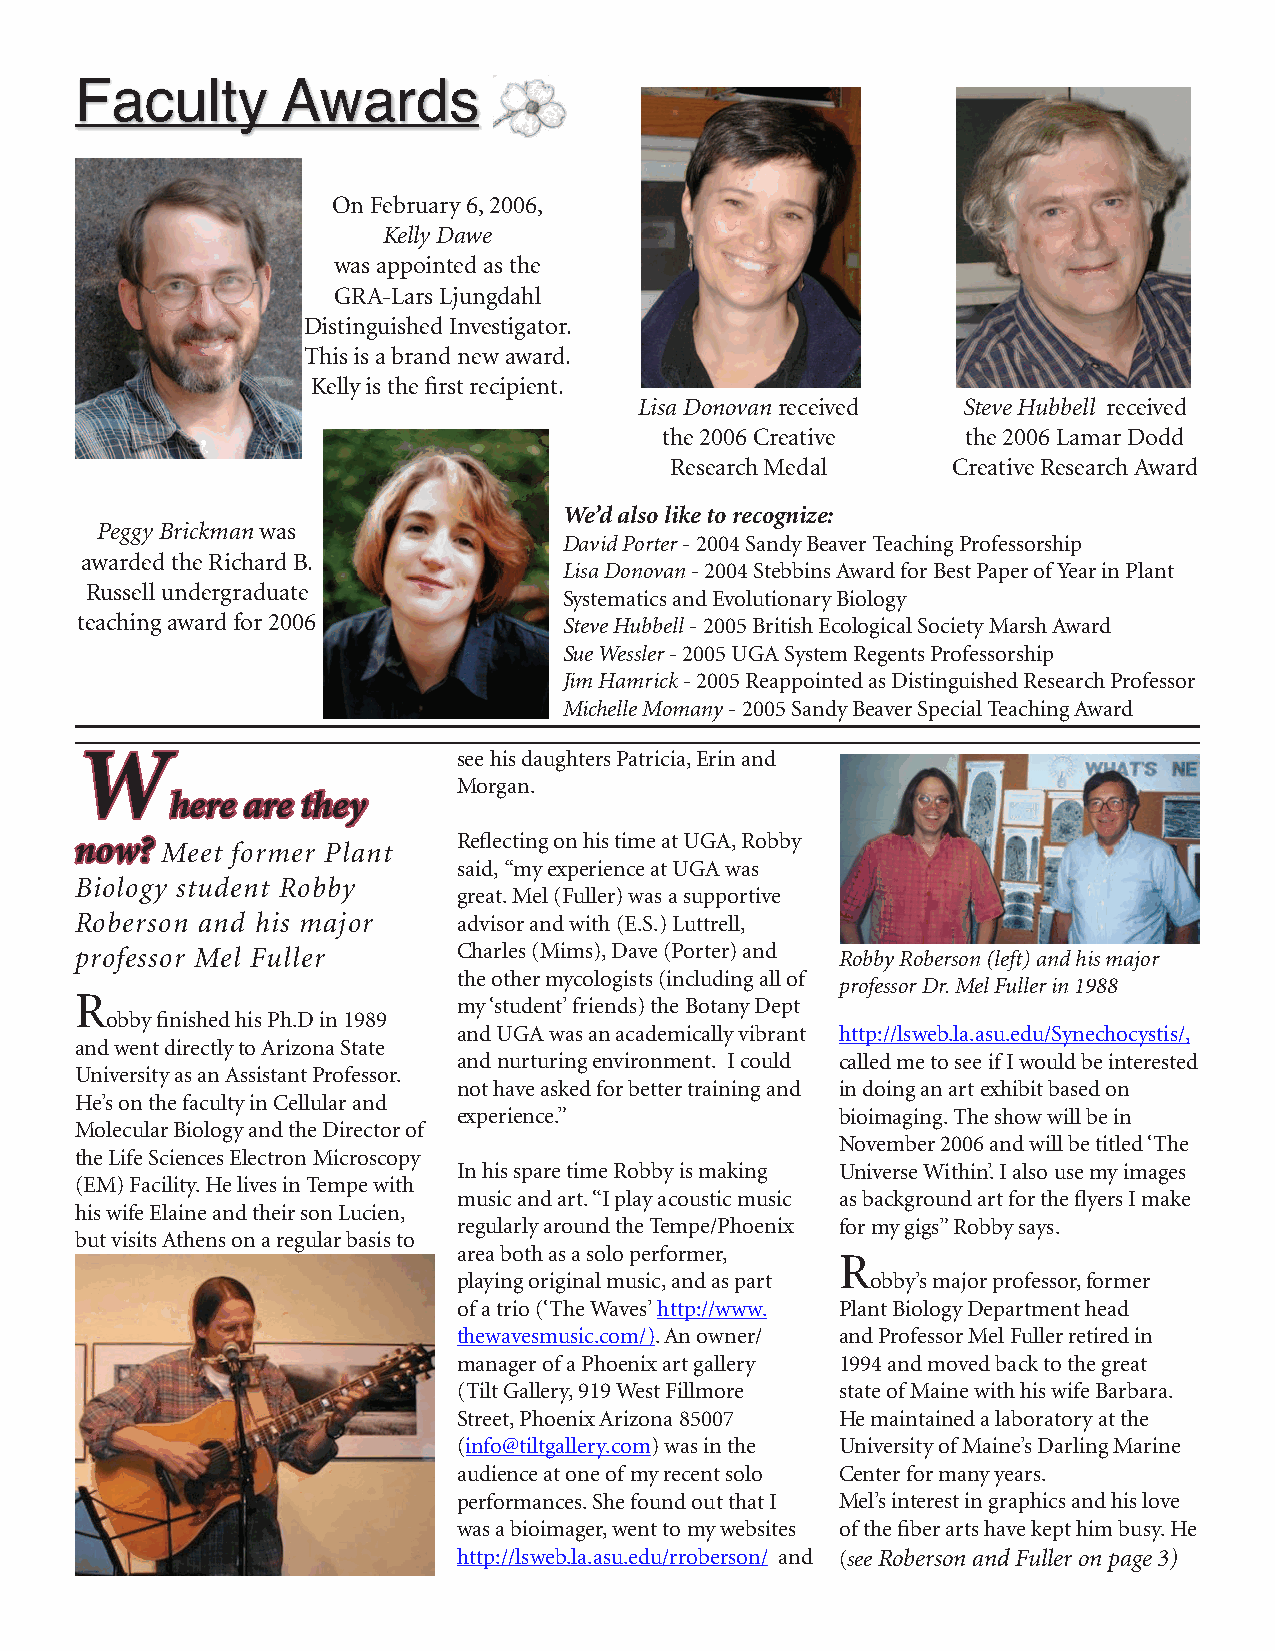
Faculty       Awards
 On February 6, 2006,
 Kelly Dawe
 was appointed as the
 GRA-Lars Ljungdahl
 Distinguished Investigator.
 This is a brand new award.
 Kelly is the first recipient.
 Lisa Donovan received Steve Hubbell received
 the 2006 Creative   the 2006 Lamar Dodd
 Research Medal     Creative Research Award
 We’d also like to recognize:
 Peggy Brickman was
 David Porter - 2004 Sandy Beaver Teaching Professorship
 awarded the Richard B.
 Lisa Donovan - 2004 Stebbins Award for Best Paper of Year in Plant
 Russell undergraduate
 Systematics and Evolutionary Biology
 teaching award for 2006         Steve Hubbell - 2005 British Ecological Society Marsh Award
 Sue Wessler - 2005 UGA System Regents Professorship
 Jim Hamrick - 2005 Reappointed as Distinguished Research Professor
 Michelle Momany - 2005 Sandy Beaver Special Teaching Award
 W                        see his daughters Patricia, Erin and
 Morgan.
 here are they
 Reflecting on his time at UGA, Robby
 now?  Meet former Plant
 said, “my experience at UGA was
 Biology student Robby
 great. Mel (Fuller) was a supportive
 Roberson and his major   advisor and with (E.S.) Luttrell,
 professor Mel Fuller     Charles (Mims), Dave (Porter) and Robby Roberson (left) and his major
 the other mycologists (including all of
 professor Dr. Mel Fuller in 1988
 R
 my ‘student’ friends) the Botany Dept
 obby finished his Ph.D in 1989
 and UGA was an academically vibrant http://lsweb.la.asu.edu/Synechocystis/,
 and went directly to Arizona State
 and nurturing environment. I could called me to see if I would be interested
 University as an Assistant Professor.
 not have asked for better training and in doing an art exhibit based on
 He’s on the faculty in Cellular and
 experience.”              bioimaging. The show will be in
 Molecular Biology and the Director of
 November 2006 and will be titled ‘The
 the Life Sciences Electron Microscopy
 In his spare time Robby is making Universe Within’. I also use my images
 (EM) Facility. He lives in Tempe with
 music and art. “I play acoustic music as background art for the flyers I make
 his wife Elaine and their son Lucien,
 regularly around the Tempe/Phoenix for my gigs” Robby says.
 but visits Athens on a regular basis to
 area both as a solo performer,
 R
 playing original music, and as part obby’s major professor, former
 of a trio (‘The Waves’ http://www. Plant Biology Department head
 thewavesmusic.com/). An owner/ and Professor Mel Fuller retired in
 manager of a Phoenix art gallery 1994 and moved back to the great
 (Tilt Gallery, 919 West Fillmore state of Maine with his wife Barbara.
 Street, Phoenix Arizona 85007 He maintained a laboratory at the
 (info@tiltgallery.com) was in the University of Maine’s Darling Marine
 audience at one of my recent solo Center for many years.
 performances. She found out that I Mel’s interest in graphics and his love
 was a bioimager, went to my websites of the fiber arts have kept him busy. He
 http://lsweb.la.asu.edu/rroberson/ and (see Roberson and Fuller on page 3)